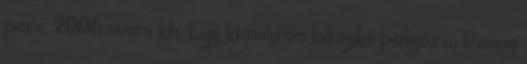
perc, 2006 nincs kh. Egy kisváros büszke polgára, Danny